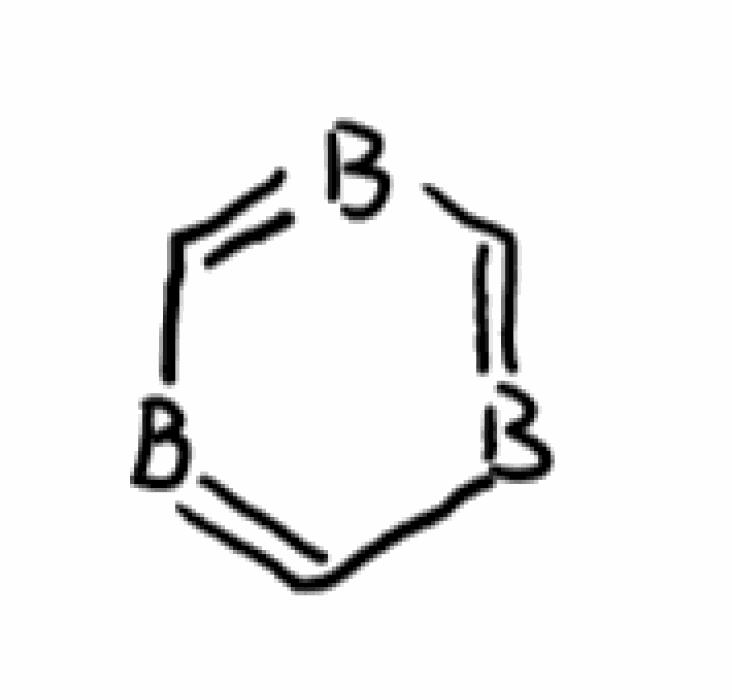
Simplified molecular-input line-entry system (SMILES) notation of the given molecule:
B1=CB=CB=C1